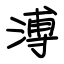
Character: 溥